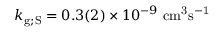
k _ { \mathrm { g ; S } } = 0 . 3 ( 2 ) \times 1 0 ^ { - 9 } ~ \mathrm { c m ^ { 3 } s ^ { - 1 } }